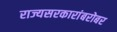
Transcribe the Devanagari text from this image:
राज्यसरकारांबरोबर